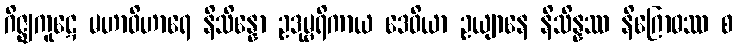
ဂိဇ္ဈကူဋေ မဟာဝိဟာရေ နိသိန္နော ဥဒုမ္ဗရိကာယ ဒေဝိယာ ဥယျာနေ နိသိန္နဿ နိဂြောဓဿ စ